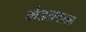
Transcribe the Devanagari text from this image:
मेडतवाल